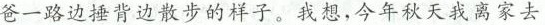
爸一路边捶背边散步的样子。我想，今年秋天我离家去